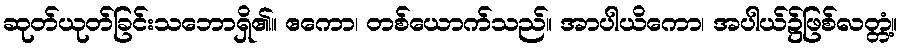
ဆုတ်ယုတ်ခြင်းသဘောရှိ၏။ ဧကော၊ တစ်ယောက်သည်။ အာပါယိကော၊ အပါယ်၌ဖြစ်လတ္တံ့။